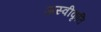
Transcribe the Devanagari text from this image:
अस्‍वीकृति